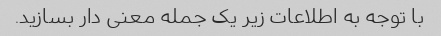
با توجه به اطلاعات زیر یک جمله معنی دار بسازید.